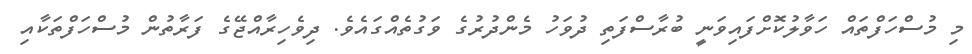
މި މުސްހަފްތައް ހަވާލުކޮށްފައިވަނީ ބުރާސްފަތި ދުވަހު މެންދުރުގެ ވަގުތެއްގައެވެ. ދިވެހިރާއްޖޭގެ ފަރާތުން މުސްހަފްތަކާއި